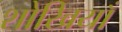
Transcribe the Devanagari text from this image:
शोखियाँ